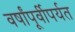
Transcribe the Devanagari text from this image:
वर्षांपूर्वीपर्यत